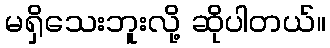
မရှိသေးဘူးလို့ ဆိုပါတယ်။